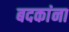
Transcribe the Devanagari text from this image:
बदकांना